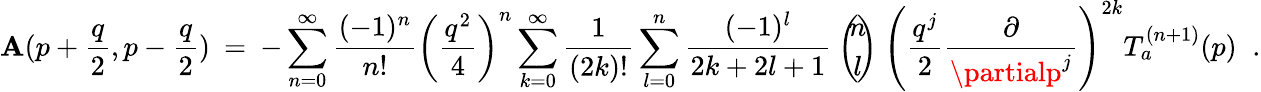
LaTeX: \mathbf{A}(p+\frac{{q}}{{2}},p-\frac{{q}}{{2}})\: =\: -\sum_{n=0}^{\infty}\frac{{(-1)^{n}}}{{n!}}\left(\frac{{q^{2}}}{{4}}\right)^{n}\sum_{k=0}^{\infty}\frac{{1}}{{(2k)!}}\sum_{l=0}^{n}\frac{{(-1)^{l}}}{{2k+2l+1}}\: \left(\! \! \begin{array}{c}{{n}}\\ {{l}}\end{array}\! \! \right)\: \left(\frac{{q^{j}}}{{2}}\frac{{\partial}}{{\partialp^{j}}}\right)^{2k}T_{a}^{(n+1)}(p)\; \; .